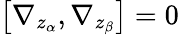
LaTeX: \left[\nabla_{z_{\alpha}},\nabla_{z_{\beta}}\right]=0